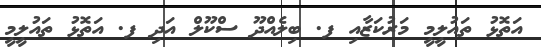
އަތޮޅު ތައުލީމީ މަރުކަޒާއި ފ. ބިލެއްދޫ ސްކޫލް އަދި ފ. އަތޮޅު ތައުލީމީ